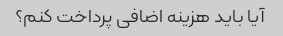
آیا باید هزینه اضافی پرداخت کنم؟